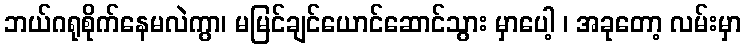
ဘယ်ဂရုစိုက်နေမလဲကွာ၊ မမြင်ချင်ယောင်ဆောင်သွား မှာပေါ့ ၊ အခုတော့ လမ်းမှာ